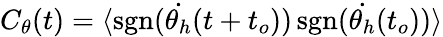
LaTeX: C_{\theta}(t)=\langle\mathrm{sgn}(\dot{\theta_{h}}(t+t_{o}))\, \mathrm{sgn}(\dot{\theta_{h}}(t_{o}))\rangle